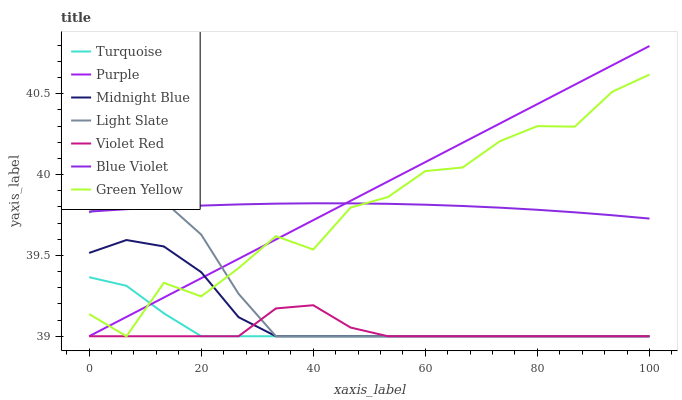
| xaxis_label | Turquoise | Purple | Midnight Blue | Light Slate | Violet Red | Blue Violet | Green Yellow |
 | --- | --- | --- | --- | --- | --- | --- | --- |
 | 0 | 39.4 | 39 | 39.5 | 39.8 | 39 | 39.8 | 39.1 |
 | 6.67 | 39.3 | 39.1 | 39.6 | 39.9 | 39 | 39.8 | 39 |
 | 13.3 | 39.1 | 39.2 | 39.6 | 39.8 | 39 | 39.8 | 39.3 |
 | 20 | 39 | 39.4 | 39.4 | 39.6 | 39 | 39.8 | 39.2 |
 | 26.7 | 39 | 39.5 | 39.1 | 39.3 | 39 | 39.8 | 39.4 |
 | 33.3 | 39 | 39.6 | 39 | 39 | 39.2 | 39.8 | 39.6 |
 | 40 | 39 | 39.7 | 39 | 39 | 39.2 | 39.8 | 39.5 |
 | 46.7 | 39 | 39.8 | 39 | 39 | 39.1 | 39.8 | 39.8 |
 | 53.3 | 39 | 40 | 39 | 39 | 39 | 39.8 | 39.9 |
 | 60 | 39 | 40.1 | 39 | 39 | 39 | 39.8 | 40 |
 | 66.7 | 39 | 40.2 | 39 | 39 | 39 | 39.8 | 40 |
 | 73.3 | 39 | 40.3 | 39 | 39 | 39 | 39.8 | 40.2 |
 | 80 | 39 | 40.4 | 39 | 39 | 39 | 39.8 | 40.3 |
 | 86.7 | 39 | 40.6 | 39 | 39 | 39 | 39.8 | 40.3 |
 | 93.3 | 39 | 40.7 | 39 | 39 | 39 | 39.7 | 40.5 |
 | 100 | 39 | 40.8 | 39 | 39 | 39 | 39.7 | 40.6 |